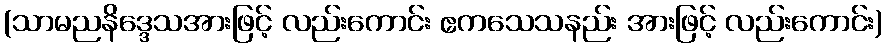
(သာမညနိဒ္ဒေသအားဖြင့် လည်းကောင်း ဧကသေသနည်း အားဖြင့် လည်းကောင်း)